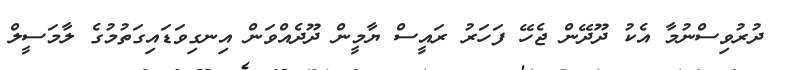
ދުރުވިސްނުމާ އެކު ދޫދޭން ޖެހޭ ފަހަރު ރައީސް ޔާމީން ދޫދެއްވަން އިނގިވަޑައިގަތުމުގެ ލާމަސީލް